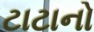
ટાટાનો